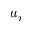
u _ { r }